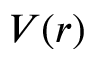
V ( r )